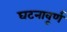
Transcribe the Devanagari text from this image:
घटनावूर्ण